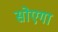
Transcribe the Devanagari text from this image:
सोएगा